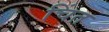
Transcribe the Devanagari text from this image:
चिंत